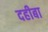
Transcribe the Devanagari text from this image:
दहीबा